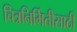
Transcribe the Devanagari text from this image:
चित्रनिर्मितीसाठी